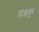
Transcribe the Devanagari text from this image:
तंजवुर